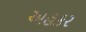
અહકર